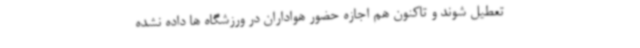
تعطیل شوند و تاکنون هم اجازه حضور هواداران در ورزشگاه ها داده نشده